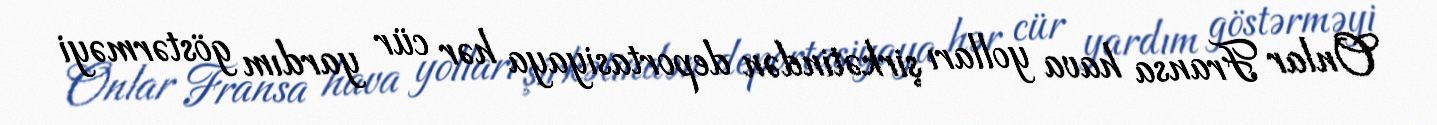
Onlar Fransa hava yolları şirkətindən deportasiyaya hər cür yardım göstərməyi